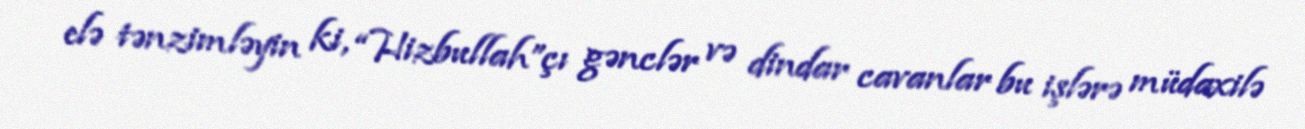
elə tənzimləyin ki, “Hizbullah”çı gənclər və dindar cavanlar bu işlərə müdaxilə